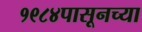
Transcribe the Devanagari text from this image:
१९८४पासूनच्या